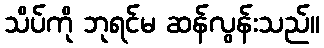
သိပ်ကို ဘုရင်မ ဆန်လွန်းသည်။